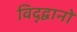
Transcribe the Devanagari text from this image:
विद्द्वानों